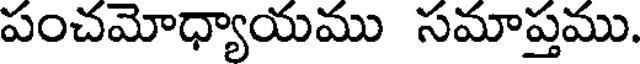
పంచమోధ్యాయము సమాప్తము.